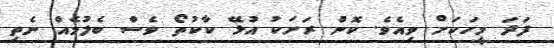
ފަދަ މީހަކަށް ވިއެވެ. ކޮން ރަށަކު އުޅޭ ކާކުތޯ ވެސް ބެެލުމެއް ނެތި